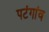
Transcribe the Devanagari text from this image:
पटंगांव